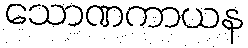
သောဏကာယန